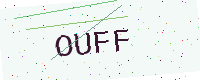
Text: OUFF